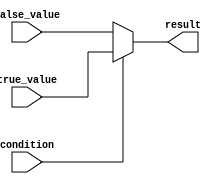
module conditional_assign (
    input wire condition,
    input wire true_value,
    input wire false_value,
    output reg result
);

always @* begin
    if (condition) begin
        result = true_value;
    end else begin
        result = false_value;
    end
end

endmodule